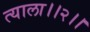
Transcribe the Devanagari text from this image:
त्याला।।२।।